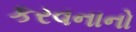
કરવનાનો